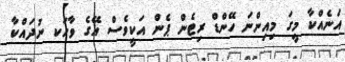
އަނެއްކާ މީގަ މިއިންނަ ހޭންޑް ރިޓެން ޕެން އަކީވެސް އޭގެ ވާހަކ ނުދައްކާ